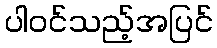
ပါဝင်သည့်အပြင်